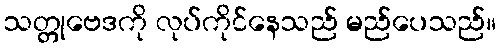
သတ္တုဗေဒကို လုပ်ကိုင်နေသည် မည်ပေသည်။